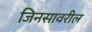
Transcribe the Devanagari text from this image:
जिनसावरील